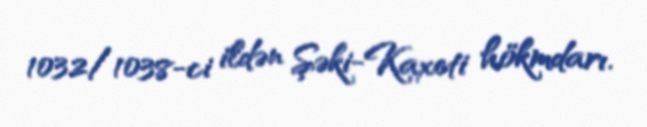
1032/1038-ci ildən Şəki-Kaxeti hökmdarı.